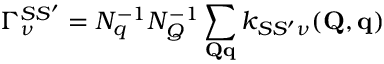
\Gamma _ { \nu } ^ { S S ^ { \prime } } = N _ { q } ^ { - 1 } N _ { Q } ^ { - 1 } \sum _ { \mathbf { Q } \mathbf { q } } k _ { S S ^ { \prime } \nu } ( \mathbf { Q } , \mathbf { q } )